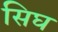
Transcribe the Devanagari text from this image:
सिघ